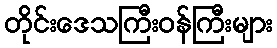
တိုင်းဒေသကြီးဝန်ကြီးများ